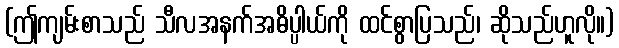
(ဤကျမ်းစာသည် သီလအနက်အဓိပ္ပါယ်ကို ထင်စွာပြသည်၊ ဆိုသည်ဟူလို။)